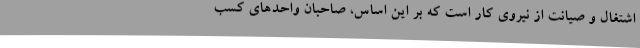
اشتغال و صیانت از نیروی کار است که بر این اساس، صاحبان واحدهای کسب